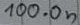
Text: 100.0n